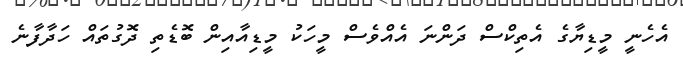
އެހެނީ މީޑިޔާގެ އެތިކްސް ދަންނަ އެއްވެސް މީހަކު މީޑިއާއިން ބޮޑެތި ދޮގުތައް ހަދާފާނެ